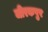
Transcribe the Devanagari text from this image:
जीरकपुर